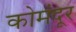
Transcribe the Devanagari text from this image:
कोमंदूर